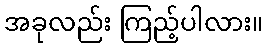
အခုလည်း ကြည့်ပါလား။